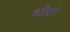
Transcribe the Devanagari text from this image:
धोरां